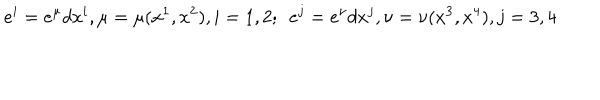
LaTeX: e ^ { i } = e ^ { \mu } d x ^ { i } , \mu = \mu ( x ^ { 1 } , x ^ { 2 } ) , i = 1 , 2 ; ~ ~ e ^ { j } = e ^ { \nu } d x ^ { j } , \nu = \nu ( x ^ { 3 } , x ^ { 4 } ) , j = 3 , 4